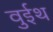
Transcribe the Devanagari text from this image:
वुईथ